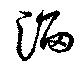
淄